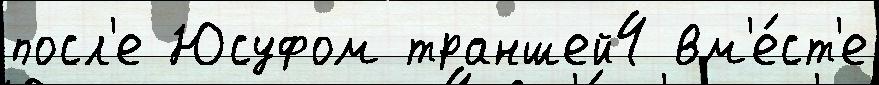
посл'е Юсуфом траншей4 вм'е́ст'е